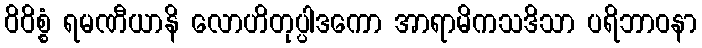
ဝိဝိစ္စံ ရမဏီယာနိ လောဟိတုပ္ပါဒကော အာရာမိကသဒိသာ ပရိဘာဝနာ